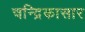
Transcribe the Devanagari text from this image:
चन्द्रिकासार